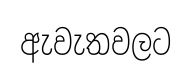
ඇවැතවලට